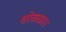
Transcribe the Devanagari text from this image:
शोकप्रधान